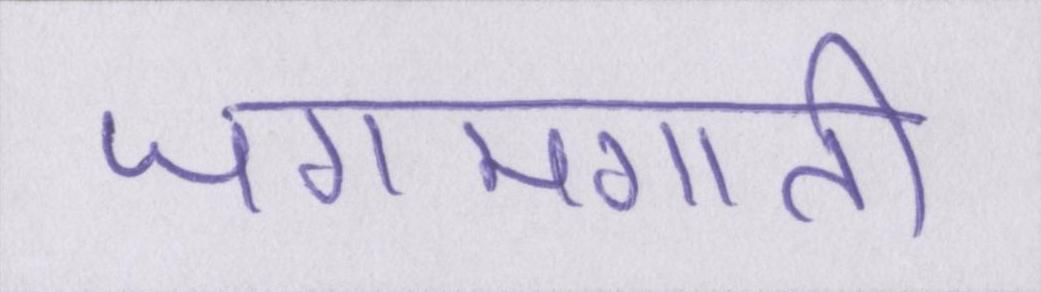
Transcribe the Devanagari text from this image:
जगमगाती